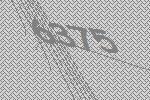
6375